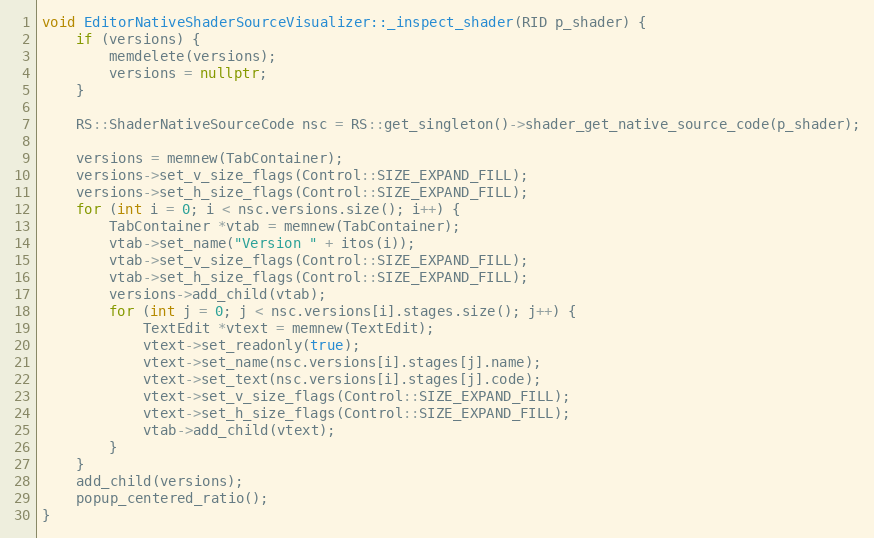
Language: C++
void EditorNativeShaderSourceVisualizer::_inspect_shader(RID p_shader) {
	if (versions) {
		memdelete(versions);
		versions = nullptr;
	}

	RS::ShaderNativeSourceCode nsc = RS::get_singleton()->shader_get_native_source_code(p_shader);

	versions = memnew(TabContainer);
	versions->set_v_size_flags(Control::SIZE_EXPAND_FILL);
	versions->set_h_size_flags(Control::SIZE_EXPAND_FILL);
	for (int i = 0; i < nsc.versions.size(); i++) {
		TabContainer *vtab = memnew(TabContainer);
		vtab->set_name("Version " + itos(i));
		vtab->set_v_size_flags(Control::SIZE_EXPAND_FILL);
		vtab->set_h_size_flags(Control::SIZE_EXPAND_FILL);
		versions->add_child(vtab);
		for (int j = 0; j < nsc.versions[i].stages.size(); j++) {
			TextEdit *vtext = memnew(TextEdit);
			vtext->set_readonly(true);
			vtext->set_name(nsc.versions[i].stages[j].name);
			vtext->set_text(nsc.versions[i].stages[j].code);
			vtext->set_v_size_flags(Control::SIZE_EXPAND_FILL);
			vtext->set_h_size_flags(Control::SIZE_EXPAND_FILL);
			vtab->add_child(vtext);
		}
	}
	add_child(versions);
	popup_centered_ratio();
}